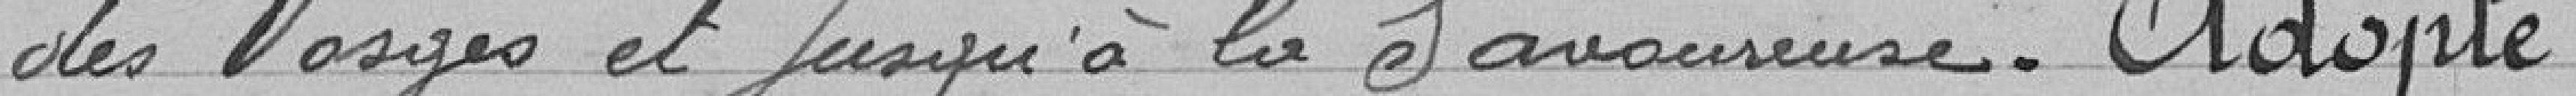
des Vosges et jusqu'à la Savoureuse. Adopté.